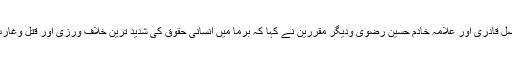
اس موقع پر خطاب کرتے ہوئے پیر محمد افضل قادری اور علامہ خادم حسین رضوی ودیگر مقررین نے کہا کہ برما میں انسانی حقوق کی شدید ترین خلاف ورزی اور قتل وغارت گری سمیت ظلم وستم کی انتہا ہو چکی ہے۔